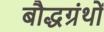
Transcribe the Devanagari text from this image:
बौद्धग्रंथों